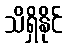
သိရှိနိုင်